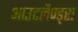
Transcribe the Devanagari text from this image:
आउटलैण्ड्स